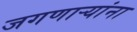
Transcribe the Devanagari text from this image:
जगणाऱ्यांना